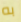
به